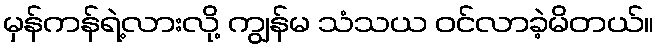
မှန်ကန်ရဲ့လားလို့ ကျွန်မ သံသယ ဝင်လာခဲ့မိတယ်။